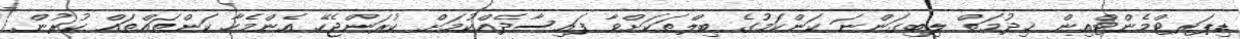
ޑިޕަރޓްމެންޓްއިން ޚިދުމަތް ލިބިގަންނަ ކަންކަމުގެ ބިލްތަކަށްވާ ފައިސާދެއްކުމަށް ކުރަންޖެހޭ އެންމެހާ ކަންތައްތައް ކުރުން.